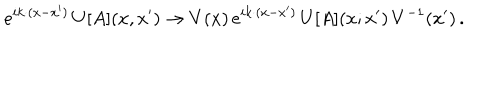
e ^ { i k \cdot ( x - x ^ { \prime } ) } \, U [ A ] ( x , x ^ { \prime } ) \to V ( x ) \, e ^ { i k \cdot ( x - x ^ { \prime } ) } \, U [ A ] ( x ; x ^ { \prime } ) \, V ^ { - 1 } ( x ^ { \prime } ) \, .